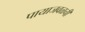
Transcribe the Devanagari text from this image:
पायाजवळची